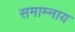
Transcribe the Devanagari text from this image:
समाम्नाय